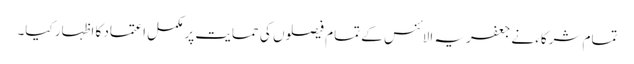
تمام شرکاء نے جعفریہ الائنس کے تمام فیصلوں کی حمایت پر مکمل اعتماد کا اظہار کیا۔